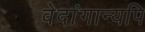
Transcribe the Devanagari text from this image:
वेदांगान्यपि